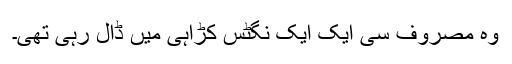
وہ مصروف سی ایک ایک نگٹس کڑاہی میں ڈال رہی تھی۔